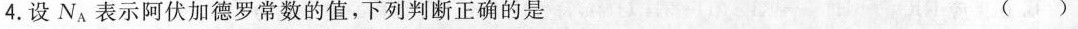
4.设N_{A}表示阿伏加德罗常数的值，下列判断正确的是 ( )